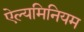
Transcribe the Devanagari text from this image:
ऐल्यमिनियम